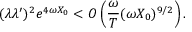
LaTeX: ( \lambda \lambda ^ { \prime } ) ^ { 2 } e ^ { 4 \omega X _ { 0 } } < O \left( \frac { \omega } { T } ( \omega X _ { 0 } ) ^ { 9 / 2 } \right) .